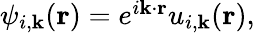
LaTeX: \begin{array}{r}{\psi_{i,\textbf{k}}(\textbf{r})=e^{i\textbf{k}\cdot\textbf{r}}u_{i,\textbf{k}}(\textbf{r}),}\end{array}